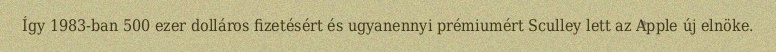
Így 1983-ban 500 ezer dolláros fizetésért és ugyanennyi prémiumért Sculley lett az Apple új elnöke.